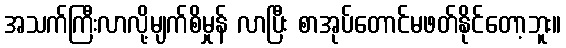
အသက်ကြီးလာလို့မျက်စိမှုန် လာပြီး စာအုပ်တောင်မဖတ်နိုင်တော့ဘူး။